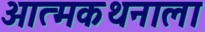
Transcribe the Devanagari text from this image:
आत्मकथनाला